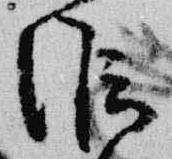
候